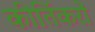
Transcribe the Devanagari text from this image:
कीर्तिकरों